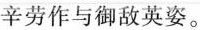
辛劳作与御敌英姿。